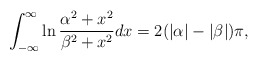
\begin{align*}\int_{-\infty}^\infty \ln\frac{\alpha^2+x^2}{\beta^2+x^2}dx =2(|\alpha|-|\beta|)\pi,\end{align*}